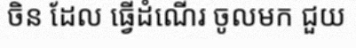
ចិន ដែល ធ្វើដំណើរ ចូលមក ជួយ